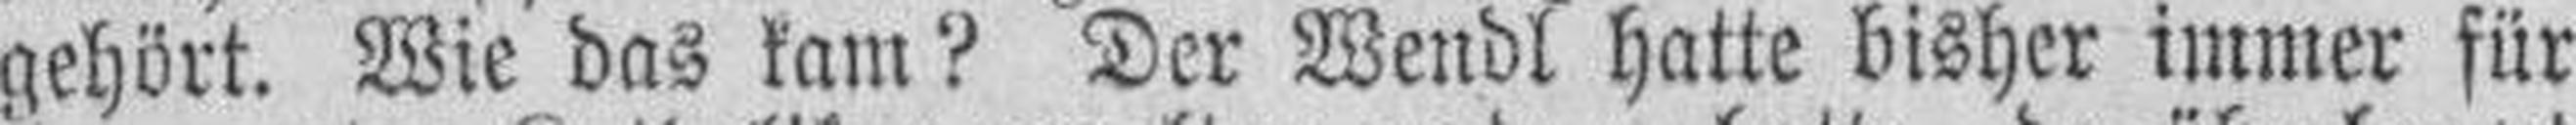
gehört. Wie das kam? Der Wendl hatte bisher immer für